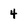
Character: 4